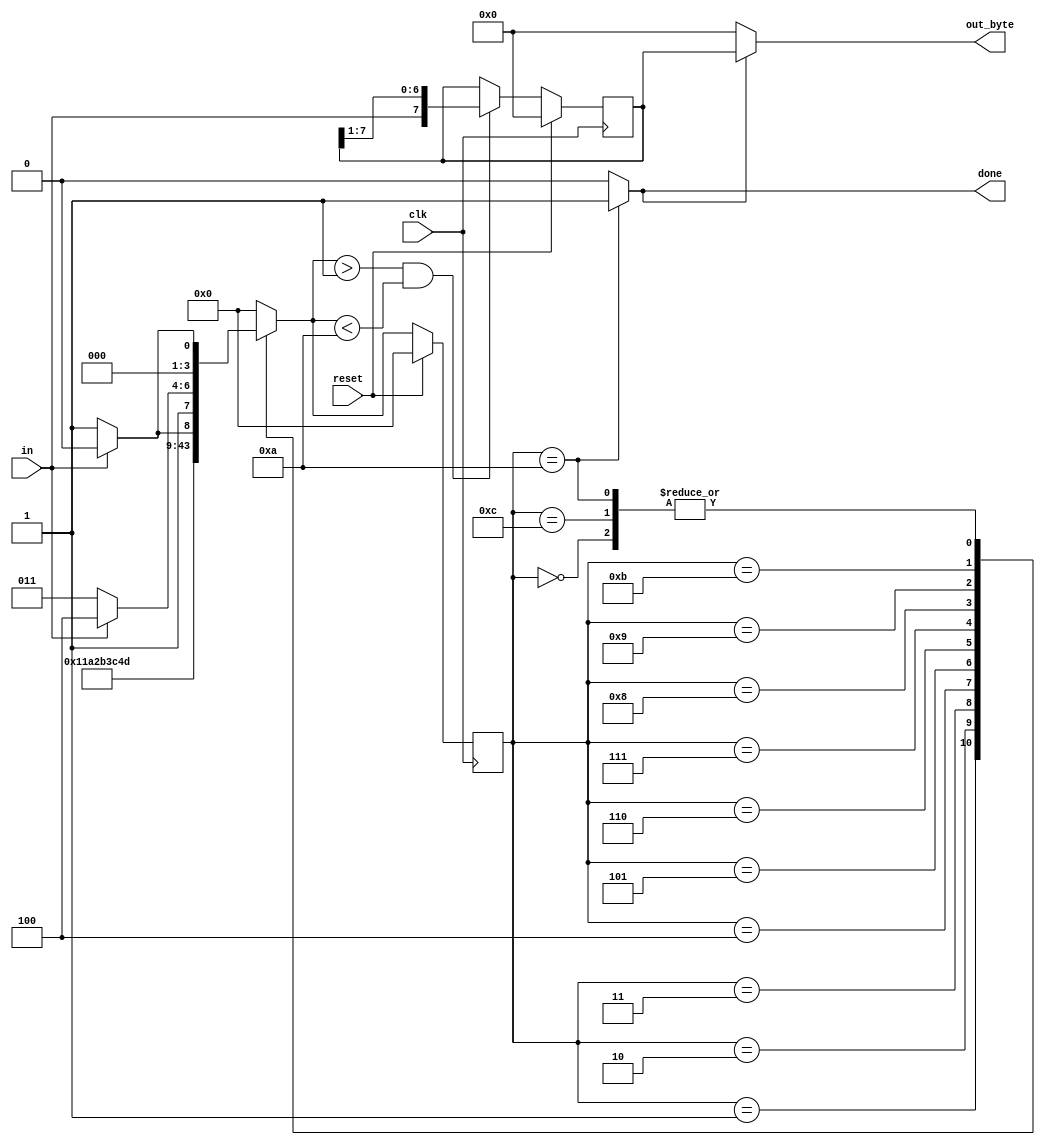
//See also: Serial receiver

//Now that you have a finite state machine that can identify when bytes are correctly received in a serial bitstream,
//add a datapath that will output the correctly-received data byte. out_byte needs to be valid when done is 1, and is don't-care otherwise.

//Note that the serial protocol sends the least significant bit first.

//Hint...
//The serial bitstream needs to be shifted in one bit at a time, then read out in parallel.

module top_module(
    input clk,
    input in,
    input reset,    // Synchronous reset
    output [7:0] out_byte,
    output done
); //

    // Use FSM from Fsm_serial
    parameter IDLE = 0,
              START = 1,
              BIT0 = 2,
              BIT1 = 3,
              BIT2 = 4,
              BIT3 = 5,
              BIT4 = 6,
              BIT5 = 7,
              BIT6 = 8,
              BIT7 = 9,
              STOP_OK = 10,
              STOP_ERR = 11,
              STOP_ERR2OK = 12;
    parameter LOW = 0, HIGH = 1;

    reg [3:0] state, next_state;
    reg [7:0] out_byte_tmp;

    always @(*) begin
        case (state)
            IDLE: begin
                if (in == LOW) //Start Bit is Detected
                    next_state = START;
                else
                    next_state = IDLE;
            end
            START: begin
                next_state = BIT0;
            end
            BIT0: begin
                next_state = BIT1;
            end
            BIT1: begin
                next_state = BIT2;
            end
            BIT2: begin
                next_state = BIT3;
            end
            BIT3: begin
                next_state = BIT4;
            end
            BIT4: begin
                next_state = BIT5;
            end
            BIT5: begin
                next_state = BIT6;
            end
            BIT6: begin
                next_state = BIT7;
            end
            BIT7: begin
                if (in == HIGH) //Stop Bit is Detected
                    next_state = STOP_OK;
                else //Stop Bit Error
                    next_state = STOP_ERR;
            end
            STOP_OK: begin
                if (in == LOW) //Start Bit is Detected
                    next_state = START;
                else //Idle is Detected 
                    next_state = IDLE;
            end
            STOP_ERR: begin
                if (in == HIGH)
                    next_state = STOP_ERR2OK;
                else
                    next_state = STOP_ERR;
            end
            STOP_ERR2OK: begin
                if (in == LOW) //Start Bit is Detected
                    next_state = START;
                else //Idle is Detected 
                    next_state = IDLE;
            end
            default: next_state = IDLE;
        endcase
    end
    
    always @(posedge clk)begin
        if (reset) begin
            state <= IDLE;
        end
        else begin
           state <= next_state; 
        end
    end
    
    assign done = (state == STOP_OK) ? 1 : 0;

    // New: Datapath to latch input bits.
    assign out_byte = done ? out_byte_tmp : 8'h00;
    
    always @(posedge clk)begin
        if (reset) begin
            out_byte_tmp = 8'h00;
        end
        else begin
            if ((next_state > START) && (next_state < STOP_OK))
                out_byte_tmp <= {in,out_byte_tmp[7:1]};
        end
    end

endmodule